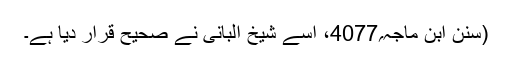
(سنن ابن ماجہ؍4077، اسے شیخ البانی نے صحیح قرار دیا ہے۔